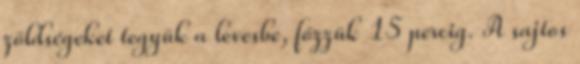
zöldségeket tegyük a levesbe, főzzük 15 percig. A sajtos